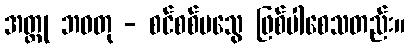
အတ္တု ဘဝတု - စင်စစ်မသွေ ဖြစ်ပါစေသတည်း။